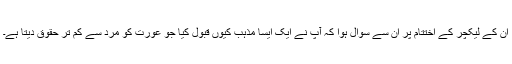
ان کے لیکچر کے اختتام پر ان سے سوال ہوا کہ آپ نے ایک ایسا مذہب کیوں قبول کیا جو عورت کو مرد سے کم تر حقوق دیتا ہے۔